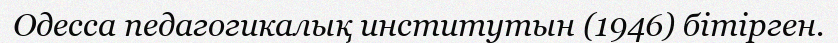
Одесса педагогикалық институтын (1946) бітірген.